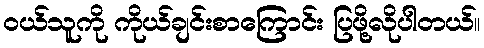
၀ယ်သူကို ကိုယ်ချင်းစာကြောင်း ပြဖို့လိုပါတယ်။